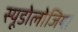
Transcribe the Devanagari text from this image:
स्यूडोलोजिया